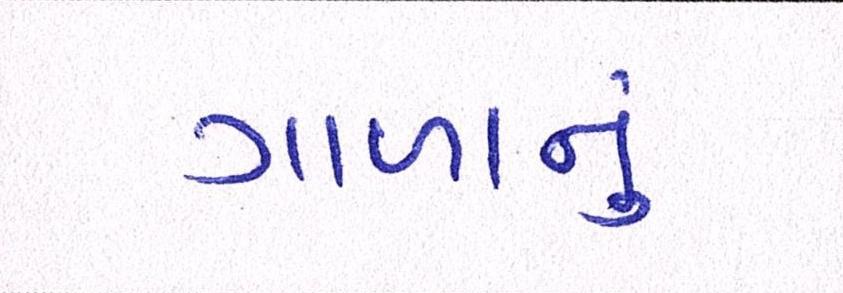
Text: ગાળાનું